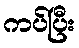
ကပ်ပြီး